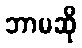
ဘာမဆို